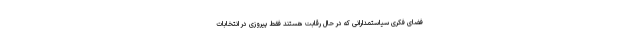
فضای فکری سیاستمدارانی که در حال رقابت هستند فقط پیروزی در انتخابات